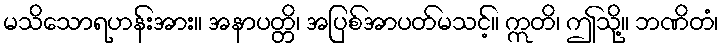
မသိသောရဟန်းအား။ အနာပတ္တိ၊ အပြစ်အာပတ်မသင့်။ ဣတိ၊ ဤသို့။ ဘဏိတံ၊